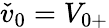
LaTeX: \check{v}_{0}={V}_{0+}